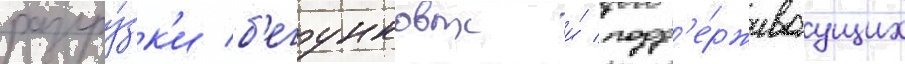
разгру́зк'и б'егунковых и́ подд'е́рживаущих